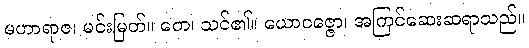
မဟာရာဇ၊ မင်းမြတ်။ တေ၊ သင်၏။ ယောဝဇ္ဇော၊ အကြင်ဆေးဆရာသည်။